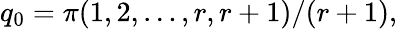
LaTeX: q_{0}=\pi(1,2,\ldots,r,r+1)/(r+1),